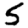
Digit: 5